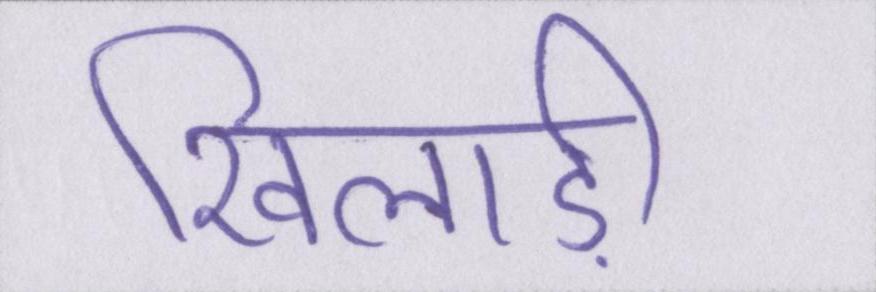
खिलाड़ी